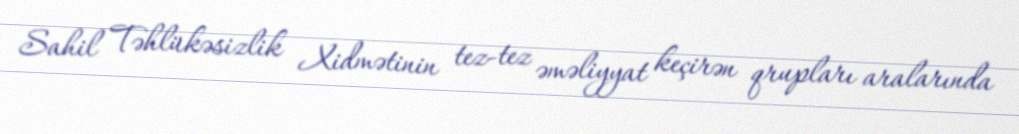
Sahil Təhlükəsizlik Xidmətinin tez-tez əməliyyat keçirən qrupları aralarında